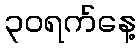
၃၀ရက်နေ့